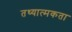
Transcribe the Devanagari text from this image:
तथ्यात्मकता